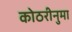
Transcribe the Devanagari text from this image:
कोठरीनुमा